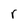
Character: r